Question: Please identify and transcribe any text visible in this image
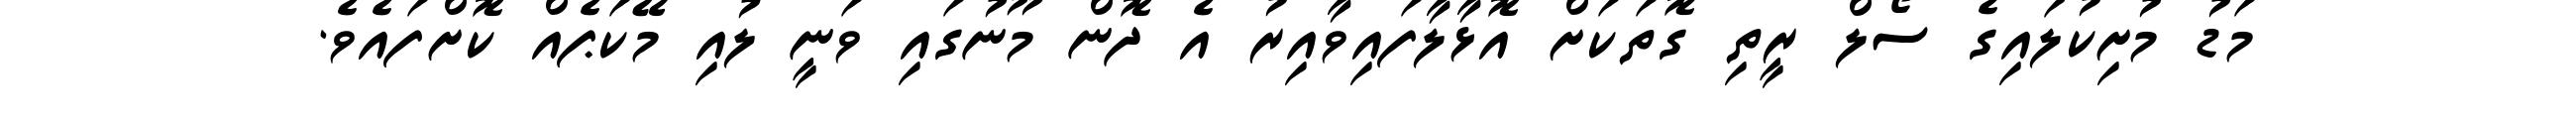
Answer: މަޑު މުށިކުލައިގެ ސޯލް ރީތި ގޮތަކަށް އޮޅާލާފައިވާއިރު އެ ދޮން މޫނުގައި ވަނީ ލުއި މޭކަޕެއް ކޮށްފައެވެ.